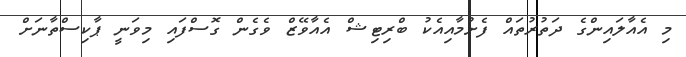
މި އެއާލައިންގެ ދަތުރުތައް ފެށުމާއިއެކު ބްރިޓިޝް އެއާވޭޒް ވެގެން ގޮސްފައި މިވަނީ ޕާކިސްތާނަށް